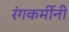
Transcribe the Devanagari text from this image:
रंगकर्मीनी